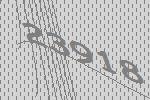
23918